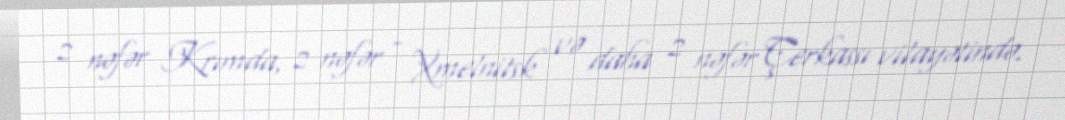
2 nəfər Krımda, 2 nəfər - Xmelnitsk və daha 2 nəfər Çerkassı vilayətində.